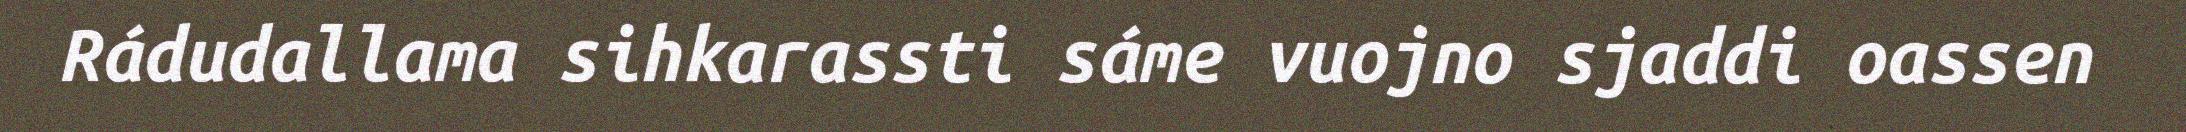
Rádudallama sihkarassti sáme vuojno sjaddi oassen